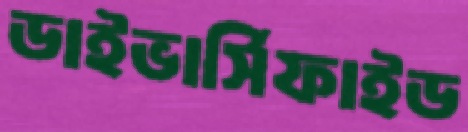
ডাইভার্সিফাইড